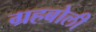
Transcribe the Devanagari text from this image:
ग्रहबोली